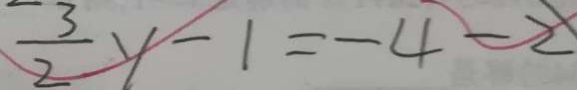
\frac { 3 } { 2 } y - 1 = - 4 - 2